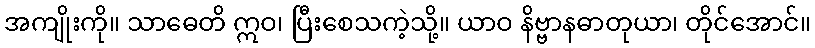
အကျိုးကို။ သာဓေတိ ဣဝ၊ ပြီးစေသကဲ့သို့။ ယာဝ နိဗ္ဗာနဓာတုယာ၊ တိုင်အောင်။